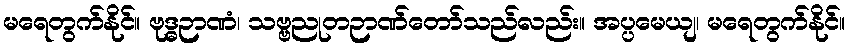
မရေတွက်နိုင်။ ဗုဒ္ဓဉာဏံ၊ သဗ္ဗညုတဉာဏ်တော်သည်လည်း။ အပ္ပမေယျ၊ မရေတွက်နိုင်။